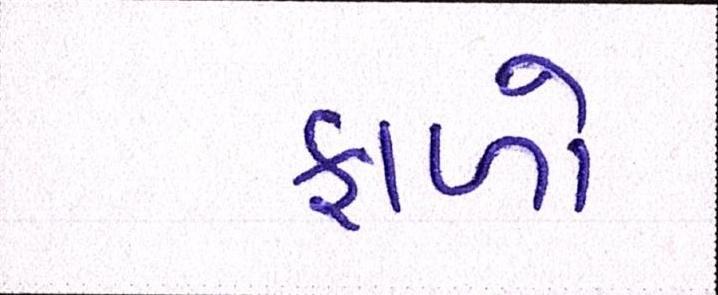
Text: ફાળો